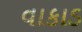
વાકાડ